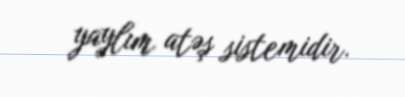
yaylım atəş sistemidir.